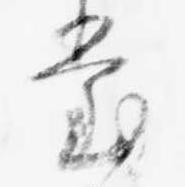
堂